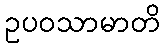
ဥပဝသာမာတိ